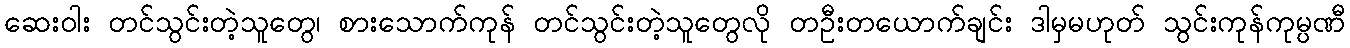
ဆေးဝါး တင်သွင်းတဲ့သူတွေ၊ စားသောက်ကုန် တင်သွင်းတဲ့သူတွေလို တဦးတယောက်ချင်း ဒါမှမဟုတ် သွင်းကုန်ကုမ္ပဏီ